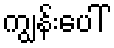
ကျွန်းပေါ်